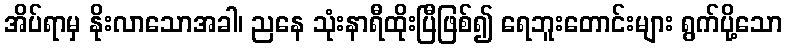
အိပ်ရာမှ နိုးလာသောအခါ၊ ညနေ သုံးနာရီထိုးပြီဖြစ်၍ ရေဘူးတောင်းများ ရွက်ပို့သော